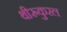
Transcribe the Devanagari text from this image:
थीरूकुरल